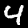
Label: 4